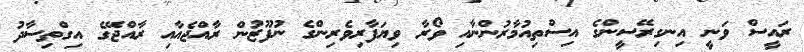
ރައީސް ވަނީ އިނގިރޭސީންގެ އިސްތިއުމާރުންނާއި ވޯރާ ވިޔަފާރިވެރިންގެ ނުފޫޒުން ރާއްޖެއާއި ރާއްޖޭގެ އިގްތިސާދު